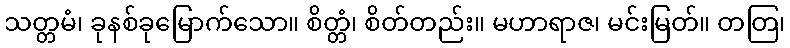
သတ္တမံ၊ ခုနစ်ခုမြောက်သော။ စိတ္တံ၊ စိတ်တည်း။ မဟာရာဇ၊ မင်းမြတ်။ တတြ၊